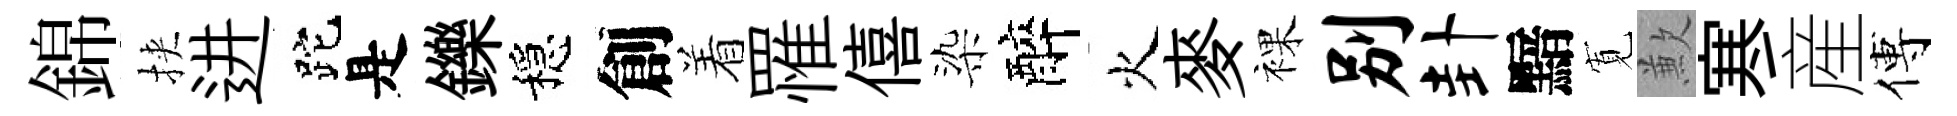
錦挾进跎是鑠穩創着罹僖染醉火麥裸别卦黯𡩖歉寒産傅